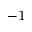
^ { - 1 }